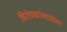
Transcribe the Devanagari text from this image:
विरोधकांच्यातील